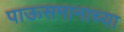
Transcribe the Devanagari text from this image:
पाऊसमानाच्या